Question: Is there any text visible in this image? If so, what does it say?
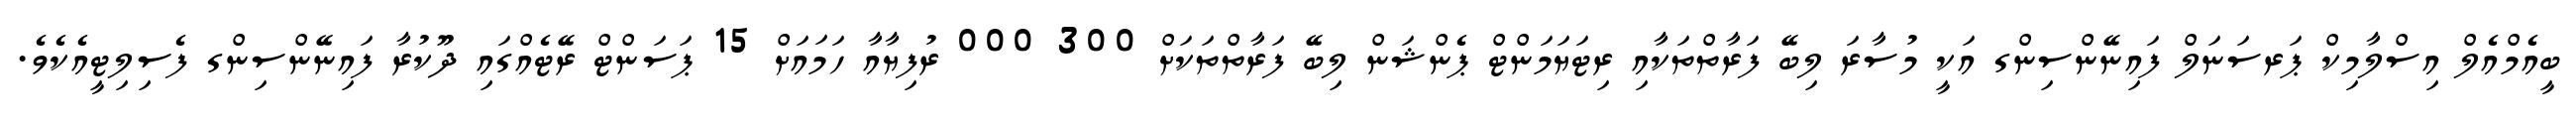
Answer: ބީއެމްއެލް އިސްލާމިކް ޕަރސަނަލް ފައިނޭންސިންގ އަކީ މުސާރަ ލިބޭ ފަރާތްތަކާއި ރިޓަޔަމަންޓް ޕެންޝަން ލިބޭ ފަރާތްތަކަށް 300 000 ރުފިޔާއާ ހަމައަށް 15 ޕަސަންޓް ރޭޓެއްގައި ދޫކުރާ ފައިނޭންސިންގ ފެސިލިޓީއެކެވެ.